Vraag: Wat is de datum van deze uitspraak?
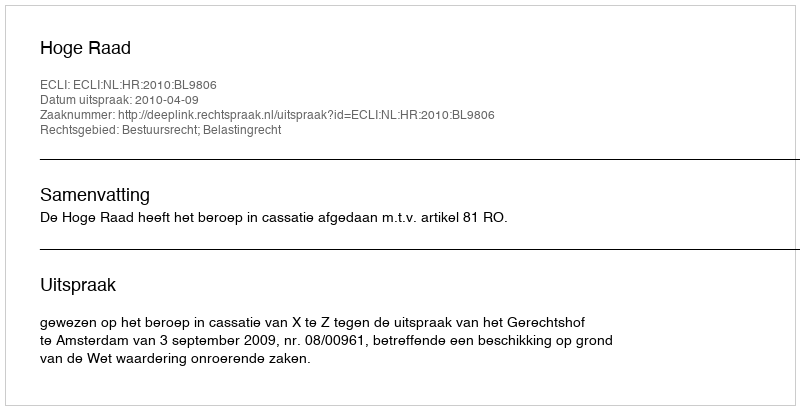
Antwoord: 2010-04-09